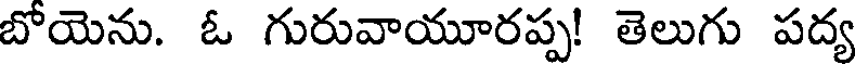
బోయెను. ఓ గురువాయూరప్ప! తెలుగు పద్య